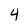
Character: 4